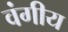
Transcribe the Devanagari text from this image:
वंगीय